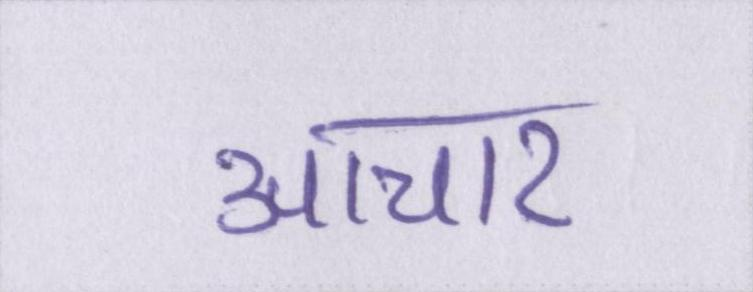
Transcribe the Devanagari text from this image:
आचार